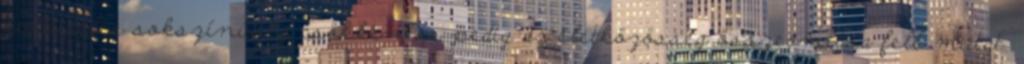
kulturális sokszínűség csökkenése pedig az életközösség összeomlása felé mutat.